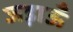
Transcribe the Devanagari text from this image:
जड़ाऊँ